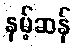
နမ့်ဆန်